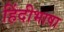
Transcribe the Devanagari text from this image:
हिंदीभाषा